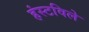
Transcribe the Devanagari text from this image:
हंस्टविले